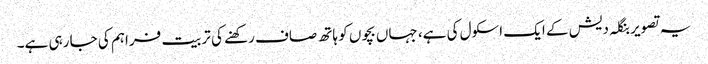
یہ تصویر بنگلہ دیش کے ایک اسکول کی ہے، جہاں بچوں کو ہاتھ صاف رکھنے کی تربیت فراہم کی جا رہی ہے۔